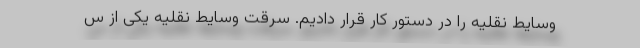
وسایط نقلیه را در دستور کار قرار دادیم. سرقت وسایط نقلیه یکی از س